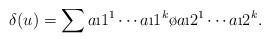
LaTeX: \begin{align*}\delta (u) = \sum a\i1^1\cdots a\i1^k\o a\i2^1\cdots a\i2^k.\end{align*}